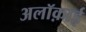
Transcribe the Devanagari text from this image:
अलॉक़ाई